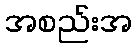
အစည်းအ